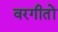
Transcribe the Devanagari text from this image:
वरगीतों